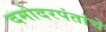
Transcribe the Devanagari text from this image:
दमोदरपंतांचे